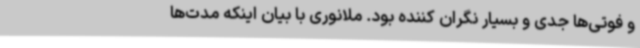
و فوتی‌ها جدی و بسیار نگران کننده بود. ملانوری با بیان اینکه مدت‌ها